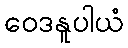
ဝေဒနူပါယံ